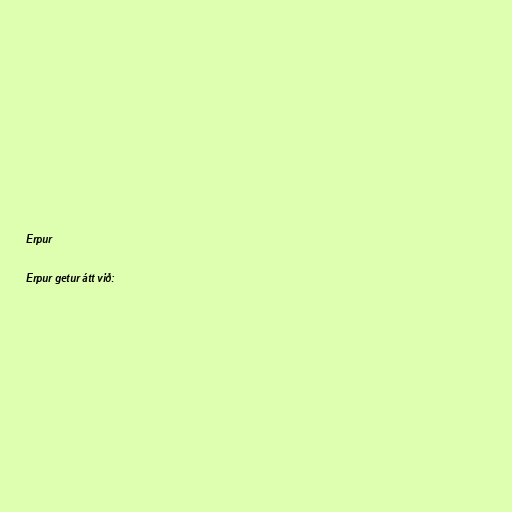
Erpur

Erpur getur átt við: